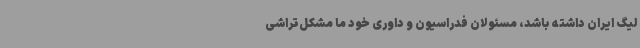
لیگ ایران داشته باشد، مسئولان فدراسیون و داوری خود ما مشکل‌تراشی